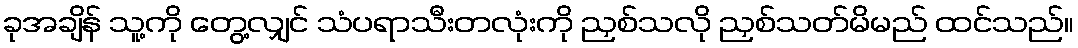
ခုအချိန် သူ့ကို တွေ့လျှင် သံပရာသီးတလုံးကို ညှစ်သလို ညှစ်သတ်မိမည် ထင်သည်။